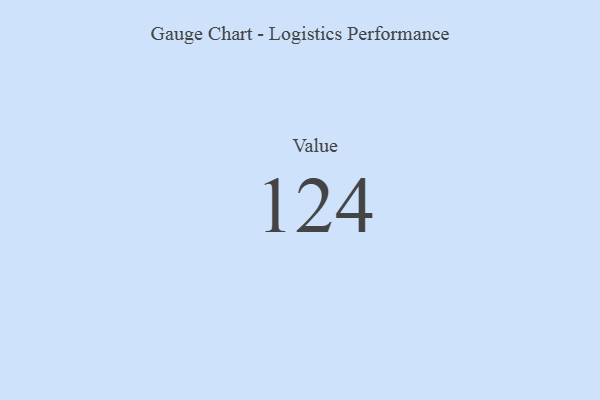
{"axis": {"x": "Metric", "y": "Value"}, "legend": [""], "data": [{"x": "Value", "y": 124, "type": ""}]}